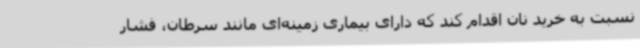
نسبت به خرید نان اقدام کند که دارای بیماری زمینه‌ای مانند سرطان، فشار